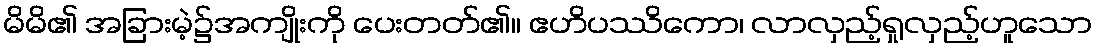
မိမိ၏ အခြားမဲ့၌အကျိုးကို ပေးတတ်၏။ ဧဟိပဿိကော၊ လာလှည့်ရှုလှည့်ဟူသော